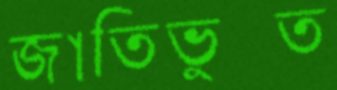
জাতিভুক্ত